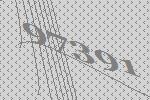
97391